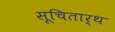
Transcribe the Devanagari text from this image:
सूचितार्थ